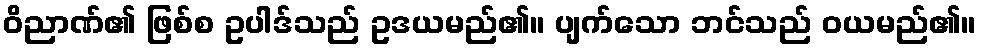
ဝိညာဏ်၏ ဖြစ်စ ဥပါဒ်သည် ဥဒယမည်၏။ ပျက်သော ဘင်သည် ဝယမည်၏။